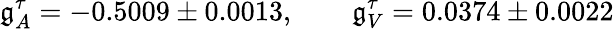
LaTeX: \mathfrak{g}_{A}^{\tau}=-0.5009\pm0.0013,\qquad\mathfrak{g}_{V}^{\tau}=0.0374\pm0.0022